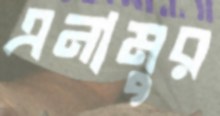
এনামুর